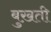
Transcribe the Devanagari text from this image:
बुख़ती